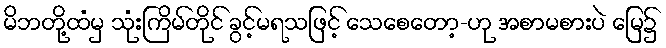
မိဘတို့ထံမှ သုံးကြိမ်တိုင် ခွင့်မရသဖြင့် သေစေတော့-ဟု အစာမစားပဲ မြေ၌